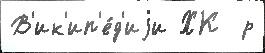
В'ик'ип'е́д'иjи ХК  р